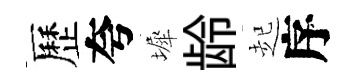
歷夸墀龄起序